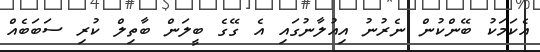
އެކަަމަކު ބޭންކުން ނެރުނު އިއުލާނުގައި އެ ގޭގެ ބީލަން ބާތިލް ކުރި ސަބަބެއް